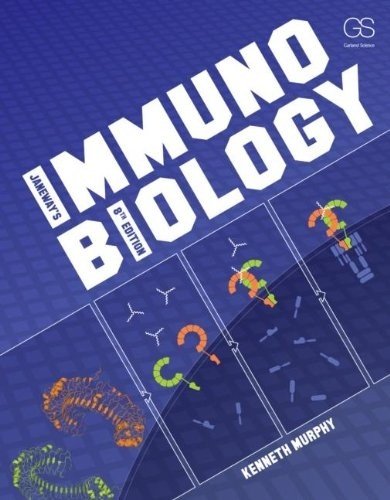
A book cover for Janeway's Immunobiology; Kenneth Murphy; Medical Books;